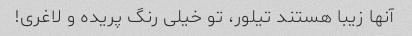
آنها زیبا هستند تیلور، تو خیلی رنگ پریده و لاغری!